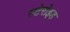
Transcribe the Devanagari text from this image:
स्टेरोइड